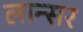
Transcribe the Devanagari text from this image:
लान्सर